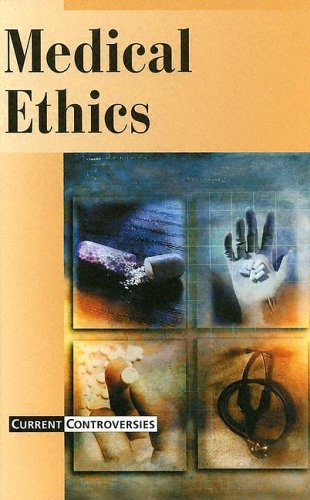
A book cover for Medical Ethics (Current Controversies); Laura K. Egendorf; Teen & Young Adult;